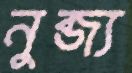
নুব্জ্য